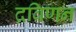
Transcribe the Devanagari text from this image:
द्रविणन